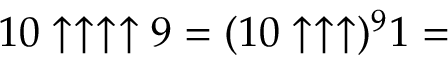
1 0 \uparrow \uparrow \uparrow \uparrow 9 = ( 1 0 \uparrow \uparrow \uparrow ) ^ { 9 } 1 =